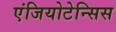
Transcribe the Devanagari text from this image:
एंजियोटेन्सिस